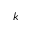
k